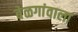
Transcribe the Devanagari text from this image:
बेळगांवाला